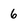
Character: 6